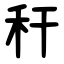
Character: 秆